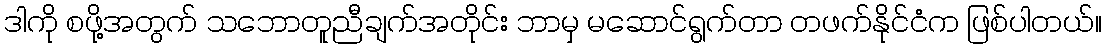
ဒါကို စဖို့အတွက် သဘောတူညီချက်အတိုင်း ဘာမှ မဆောင်ရွက်တာ တဖက်နိုင်ငံက ဖြစ်ပါတယ်။